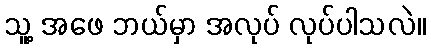
သူ့ အဖေ ဘယ်မှာ အလုပ် လုပ်ပါသလဲ။